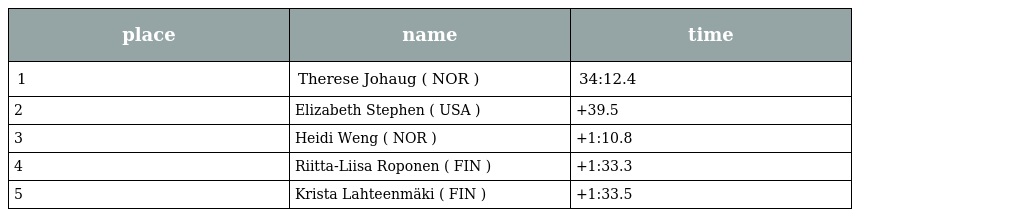
| place | name | time |
 | --- | --- | --- |
 | 1 | Therese Johaug ( NOR ) | 34:12.4 |
 | 2 | Elizabeth Stephen ( USA ) | +39.5 |
 | 3 | Heidi Weng ( NOR ) | +1:10.8 |
 | 4 | Riitta-Liisa Roponen ( FIN ) | +1:33.3 |
 | 5 | Krista Lahteenmäki ( FIN ) | +1:33.5 |